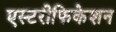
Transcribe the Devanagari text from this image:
एस्टरीफिकेशन